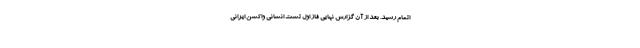
اتمام رسید. بعد از آن گزارش نهایی فاز اول تست انسانی واکسن ایرانی